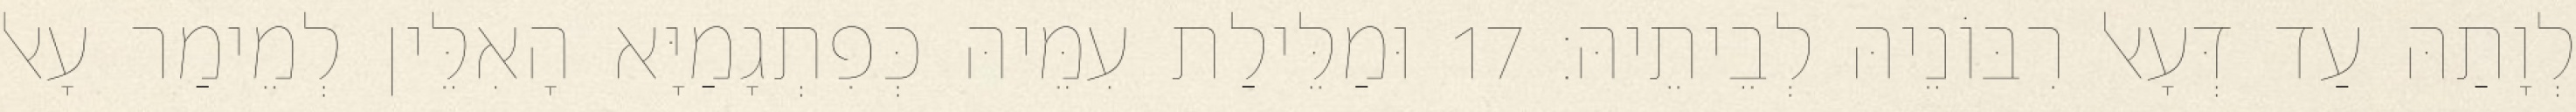
לְוָתַהּ עַד דְּעָאל רִבּוֹנֵיהּ לְבֵיתֵיהּ׃ 17 וּמַלֵּילַת עִמֵּיהּ כְּפִתְגָמַיָּא הָאִלֵּין לְמֵימַר עָאל